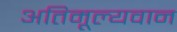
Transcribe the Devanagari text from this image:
अतिमूल्यवान